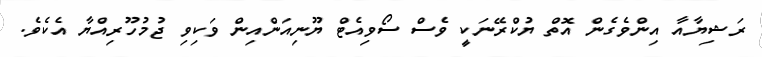
ރަޝިޔާއާ އިންވެގެން އޮތް ޔުކްރޭނަކީ ވެސް ސޯވިއެޓް ޔޫނިއަންއިން ވަކިވި ޖުމުހޫރިއްޔާ އެކެވެ.